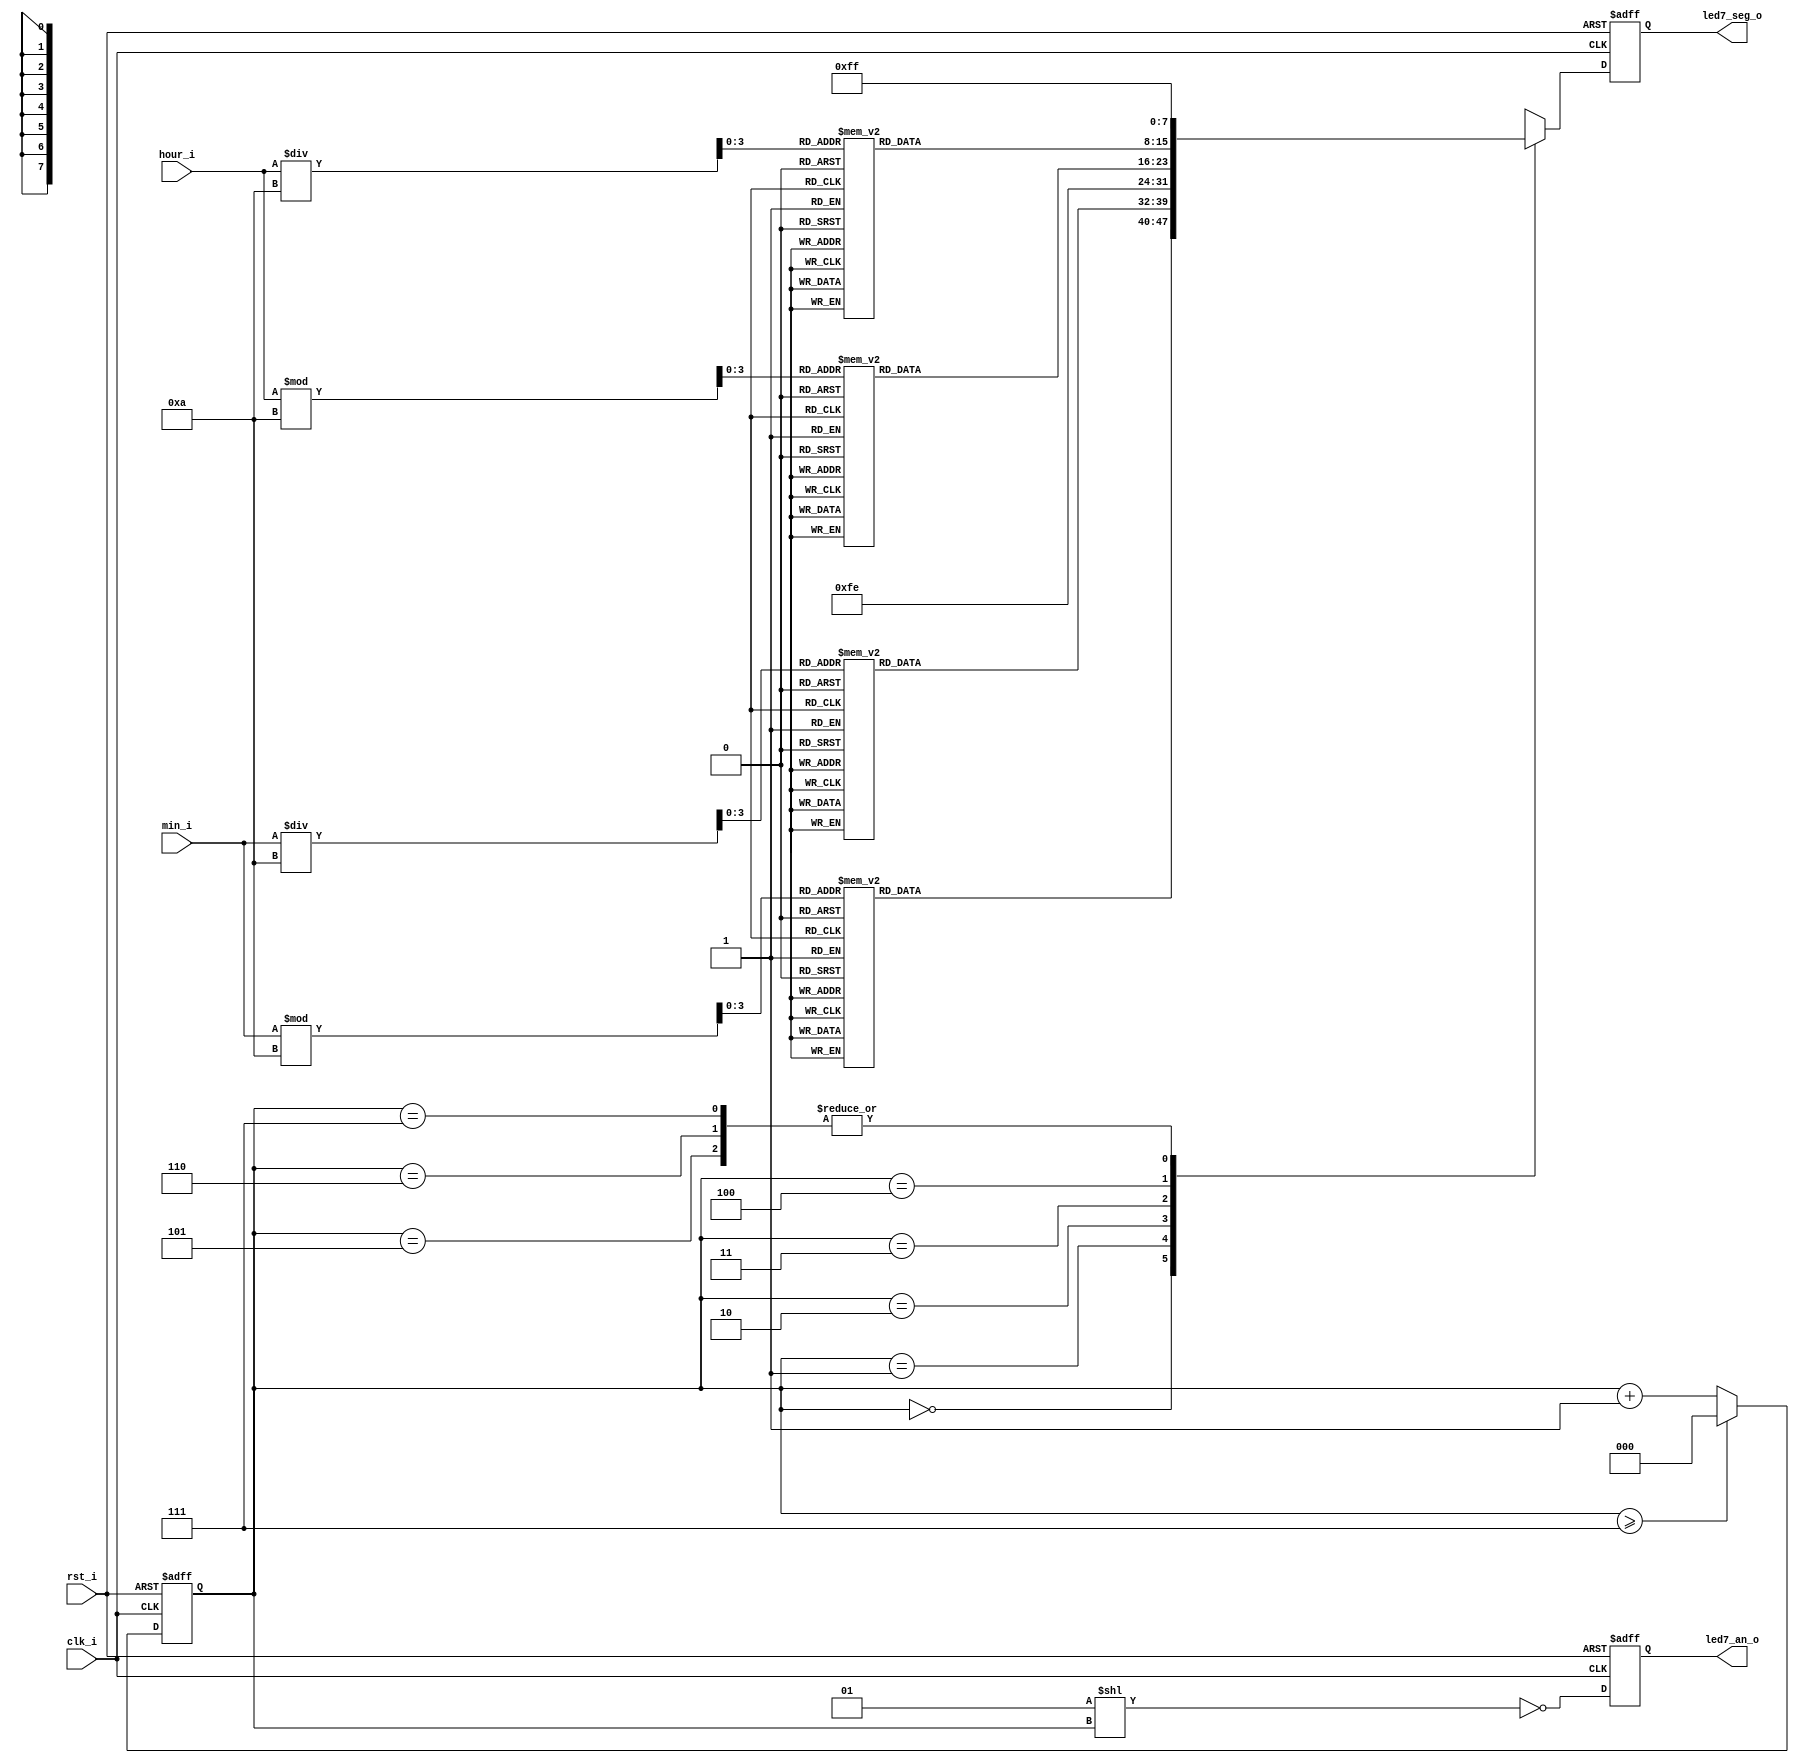
`timescale 1ns / 1ns

module display(input clk_i, input rst_i, input [5:0] hour_i, input [5:0] min_i, output reg [7:0] led7_seg_o, output reg [7:0] led7_an_o);
    function [7:0] seg_char;
        input [3:0] data;
        begin
            case (data)
                4'b0000 : seg_char = 8'b0000_0011;   // 0
                4'b0001 : seg_char = 8'b1001_1111;   // 1
                4'b0010 : seg_char = 8'b0010_0101;   // 2
                4'b0011 : seg_char = 8'b0000_1101;   // 3
                4'b0100 : seg_char = 8'b1001_1001;   // 4
                4'b0101 : seg_char = 8'b0100_1001;   // 5
                4'b0110 : seg_char = 8'b0100_0001;   // 6
                4'b0111 : seg_char = 8'b0001_1111;   // 7
                4'b1000 : seg_char = 8'b0000_0001;   // 8
                4'b1001 : seg_char = 8'b0000_1001;   // 9
                4'b1010 : seg_char = 8'b0001_0001;   // A
                4'b1011 : seg_char = 8'b1100_0001;   // B
                4'b1100 : seg_char = 8'b0110_0011;   // C
                4'b1101 : seg_char = 8'b1000_0101;   // D
                4'b1110 : seg_char = 8'b0110_0001;   // E
                4'b1111 : seg_char = 8'b0111_0001;   // F
                default : seg_char = 8'b1111_1111;   // *blank*
            endcase
        end
    endfunction

    reg [2:0] digit;
    
    always @(posedge clk_i, posedge rst_i) begin
        if(rst_i) begin
            digit <= 0;
            led7_seg_o <= 8'b11111111;
            led7_an_o <= 8'b11111110;
        end
        else if(clk_i) begin
            if(digit >= 7)
                digit <= 0;
            else
                digit <= digit + 1;

            led7_an_o <= ~(1 << digit);

            case(digit)
                0: led7_seg_o <= seg_char(min_i % 10);
                1: led7_seg_o <= seg_char(min_i / 10);
                2: led7_seg_o <= 8'b11111110;
                3: led7_seg_o <= seg_char(hour_i % 10);
                4: led7_seg_o <= seg_char(hour_i / 10);
                5: led7_seg_o <= 8'b11111111;
                6: led7_seg_o <= 8'b11111111;
                7: led7_seg_o <= 8'b11111111;
            endcase
        end
    end
endmodule